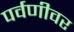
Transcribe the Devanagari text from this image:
पर्वणीवर